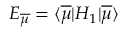
E _ { \overline { { \mu } } } = \langle \overline { { \mu } } | { H _ { 1 } } | \overline { { \mu } } \rangle